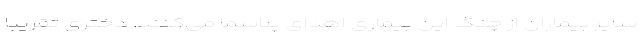
سایر بیماران از چنگ این بیماری اهدای پلاسما می‌کنند. دختری تقریبا